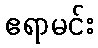
ဧရာမင်း